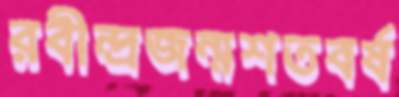
রবীন্দ্রজন্মশতবর্ষ